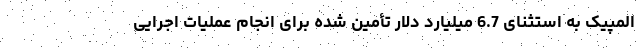
المپیک به استثنای 6.7 میلیارد دلار تأمین شده برای انجام عملیات اجرایی